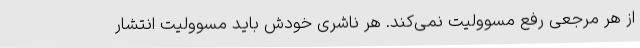
از هر مرجعی رفع مسوولیت نمی‌کند. هر ناشری خودش باید مسوولیت انتشار